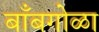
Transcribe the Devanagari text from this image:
बाँबगोळा